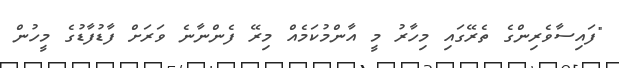
"ފައިސާވެރިންގެ ތެރޭގައި މިހާރު މީ އާންމުކަމެއް މިރޭ ފެންނާނެ ވަރަށް ފާޑުފާޑުގެ މީހުން